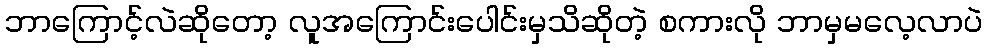
ဘာကြောင့်လဲဆိုတော့ လူအကြောင်းပေါင်းမှသိဆိုတဲ့ စကားလို ဘာမှမလေ့လာပဲ